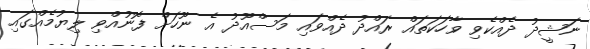
ނަޝީދު ދެއްކެވި ވާހަކަތައް ރައްދު ދެއްވައި މަސްއޫދު އެ ނޫހަށް ފޮނުއްވި ލިޔުމެއްގައި